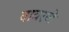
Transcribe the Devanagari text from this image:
वावरणे